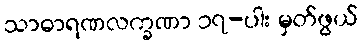
သာဓာရဏလက္ခဏာ ၁၇-ပါး မှတ်ဖွယ်